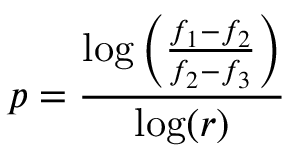
p = \frac { \log \left( \frac { f _ { 1 } - f _ { 2 } } { f _ { 2 } - f _ { 3 } } \right) } { \log ( r ) }